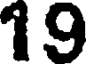
19